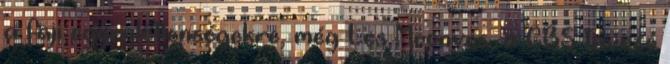
a faji egyenlőtlenségekre, még Les Moonves, a CBS távozó